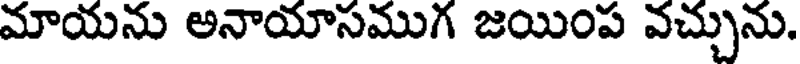
మాయను అనాయాసముగ జయింప వచ్చును.